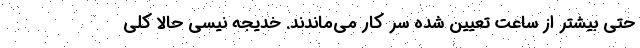
حتی بیشتر از ساعت تعیین شده سر کار می‌ماندند. خدیجه نیسی حالا کلی